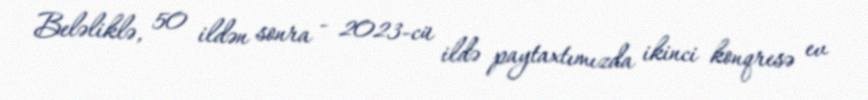
Beləliklə, 50 ildən sonra - 2023-cü ildə paytaxtımızda ikinci konqresə ev